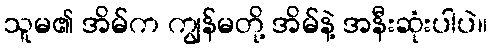
သူမ၏ အိမ်က ကျွန်မတို့ အိမ်နဲ့ အနီးဆုံးပါပဲ။